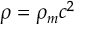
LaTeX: \rho = \rho _ { m } c ^ { 2 }